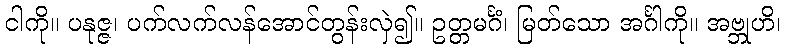
ငါကို။ ပနုဇ္ဇ၊ ပက်လက်လန်အောင်တွန်းလှဲ၍။ ဥတ္တမင်္ဂံ၊ မြတ်သော အင်္ဂါကို။ အဗ္ဘုဟိ၊